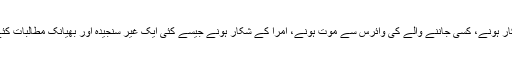
اگرچہ ہم نے مریض اپنی آنکھوں سے دیکھنے، کسی جاننے والے کے شکار ہونے، کسی جاننے والے کی وائرس سے موت ہونے، امرا کے شکار ہونے جیسے کئی ایک غیر سنجیدہ اور بھیانک مطالبات کئے جو کہ بدقسمتی سے کورونا وائرس تیزی سے پورا کرتا چلا جا رہا ہے۔